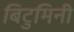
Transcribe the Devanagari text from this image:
बिटुमिनी